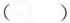
（）